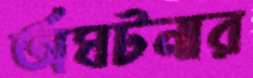
অঘটনার